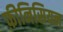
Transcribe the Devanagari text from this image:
फ़ीनिसियन